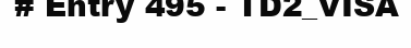
# Entry 495 - TD2_VISA